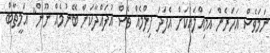
ނަމަވެސް އަހަރެން އަމިއްލައަކަށް އެފަދަ ފިލްމެއް ވެސް އުފައްދާކަށް ބޭނުމެއް ނޫން" އަމީތާބް